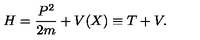
H = \frac { P ^ { 2 } } { 2 m } + V ( X ) \equiv T + V .